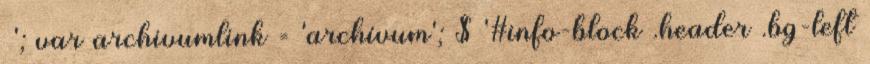
»'; var archivumlink = 'archívum'; $ '#info-block .header .bg-left